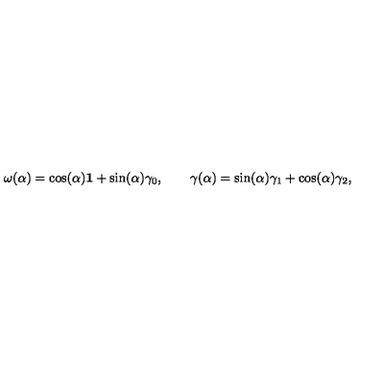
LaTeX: { \bf \omega } ( \alpha ) = \cos ( \alpha ) { \bf 1 } + \sin ( \alpha ) { \bf \gamma } _ { 0 } , \qquad { \bf \gamma } ( \alpha ) = \sin ( \alpha ) { \bf \gamma } _ { 1 } + \cos ( \alpha ) { \bf \gamma } _ { 2 } ,